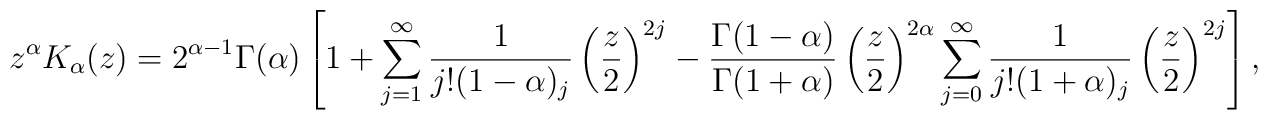
z^\alpha K_\alpha(z) = 2^{\alpha-1} \Gamma(\alpha) \left[ 1 +  \sum_{j=1}^\infty \frac1{j! (1-\alpha)_j}   \left(\frac{z}2\right)^{2j}  - \frac{\Gamma(1-\alpha)}{\Gamma(1+\alpha)}   \left(\frac{z}2\right)^{2\alpha}  \sum_{j=0}^\infty \frac1{j! (1+\alpha)_j}   \left(\frac{z}2\right)^{2j} \right],